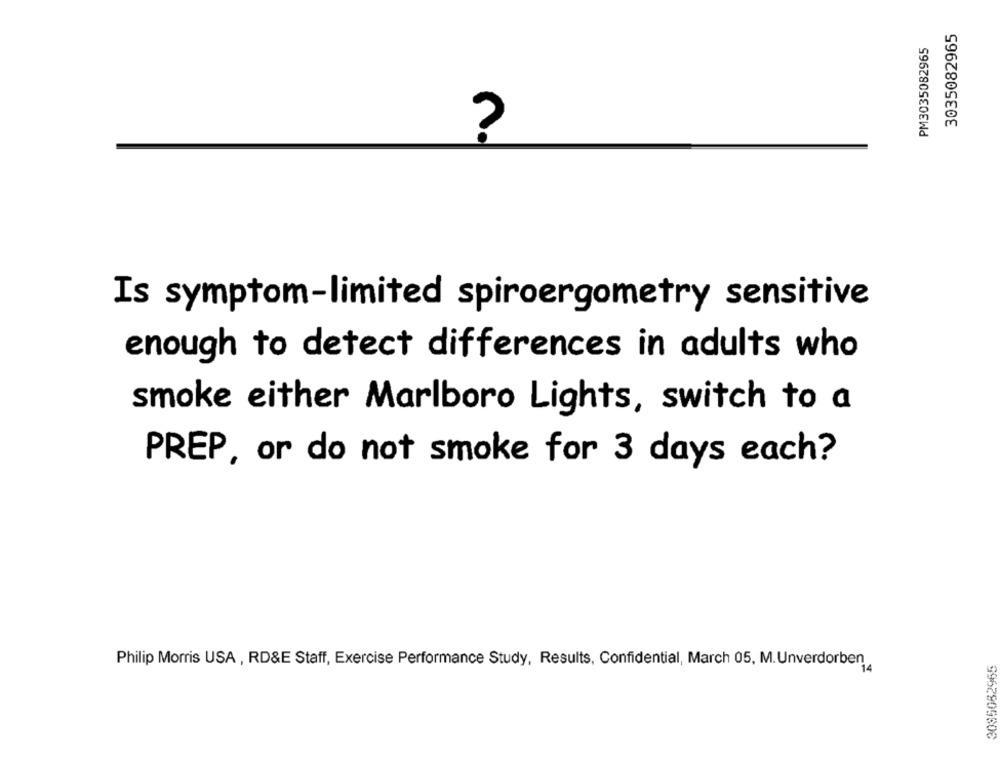
3035082965
PM3035082965
?
Is symptom-limited spiroergometry sensitive
enough to detect differences in adults who
smoke either Marlboro Lights, switch to a
PREP, or do not smoke for 3 days each?
Philip Morris USA , RD&E Staff, Exercise Performance Study, Results, Confidential, March 05, M. Unverdorben
3085082965